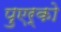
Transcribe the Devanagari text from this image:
पुएर्को